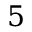
5